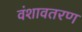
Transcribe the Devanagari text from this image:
वंशावतरण